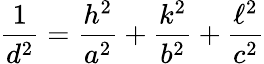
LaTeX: {\frac{1}{d^{2}}}={\frac{h^{2}}{a^{2}}}+{\frac{k^{2}}{b^{2}}}+{\frac{\ell^{2}}{c^{2}}}